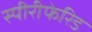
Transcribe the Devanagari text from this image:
स्पीरीफेरिड